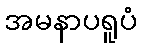
အမနာပရူပံ